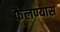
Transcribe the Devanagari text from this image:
फैलण्यास